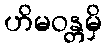
ဟိမဝန္တမှိ